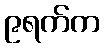
၉ရက်က